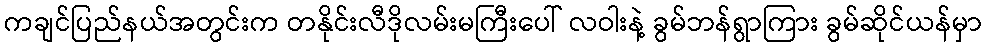
ကချင်ပြည်နယ်အတွင်းက တနိုင်းလီဒိုလမ်းမကြီးပေါ် လဝါးနဲ့ ခွမ်ဘန်ရွာကြား ခွမ်ဆိုင်ယန်မှာ